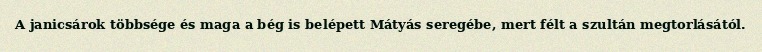
A janicsárok többsége és maga a bég is belépett Mátyás seregébe, mert félt a szultán megtorlásától.